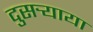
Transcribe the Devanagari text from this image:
दुसर्‍याया